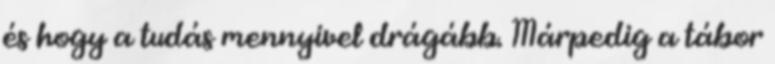
és hogy a tudás mennyivel drágább. Márpedig a tábor